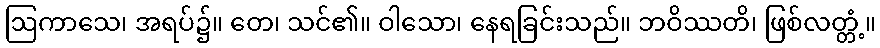
ဩကာသေ၊ အရပ်၌။ တေ၊ သင်၏။ ဝါသော၊ နေရခြင်းသည်။ ဘဝိဿတိ၊ ဖြစ်လတ္တံ့။